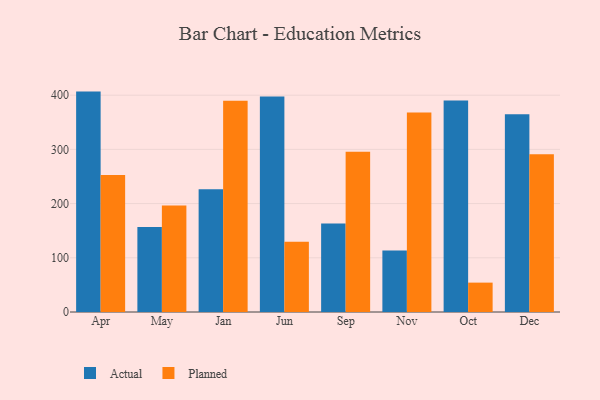
{"axis": {"x": "Month", "y": "Market Share (%)"}, "legend": ["Actual", "Planned"], "data": [{"x": "Apr", "y": 406.6, "type": "Actual"}, {"x": "Apr", "y": 252.8, "type": "Planned"}, {"x": "May", "y": 156.9, "type": "Actual"}, {"x": "May", "y": 196.7, "type": "Planned"}, {"x": "Jan", "y": 226.3, "type": "Actual"}, {"x": "Jan", "y": 389.9, "type": "Planned"}, {"x": "Jun", "y": 397.7, "type": "Actual"}, {"x": "Jun", "y": 129.6, "type": "Planned"}, {"x": "Sep", "y": 163.4, "type": "Actual"}, {"x": "Sep", "y": 295.6, "type": "Planned"}, {"x": "Nov", "y": 113.3, "type": "Actual"}, {"x": "Nov", "y": 367.9, "type": "Planned"}, {"x": "Oct", "y": 390.0, "type": "Actual"}, {"x": "Oct", "y": 54.2, "type": "Planned"}, {"x": "Dec", "y": 365.0, "type": "Actual"}, {"x": "Dec", "y": 291.0, "type": "Planned"}]}